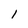
Character: I